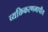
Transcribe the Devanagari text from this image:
व्यक्तिकरणमापीय